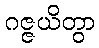
ဂဇ္ဇယိတွာ